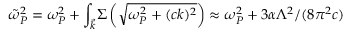
\tilde { \omega } _ { P } ^ { 2 } = \omega _ { P } ^ { 2 } + { \int _ { \vec { k } } } \Sigma \left( \sqrt { \omega _ { P } ^ { 2 } + ( c k ) ^ { 2 } } \right) \approx \omega _ { P } ^ { 2 } + { 3 } \alpha \Lambda ^ { 2 } / ( 8 \pi ^ { 2 } c )